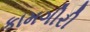
કામગીરી